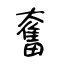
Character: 奮